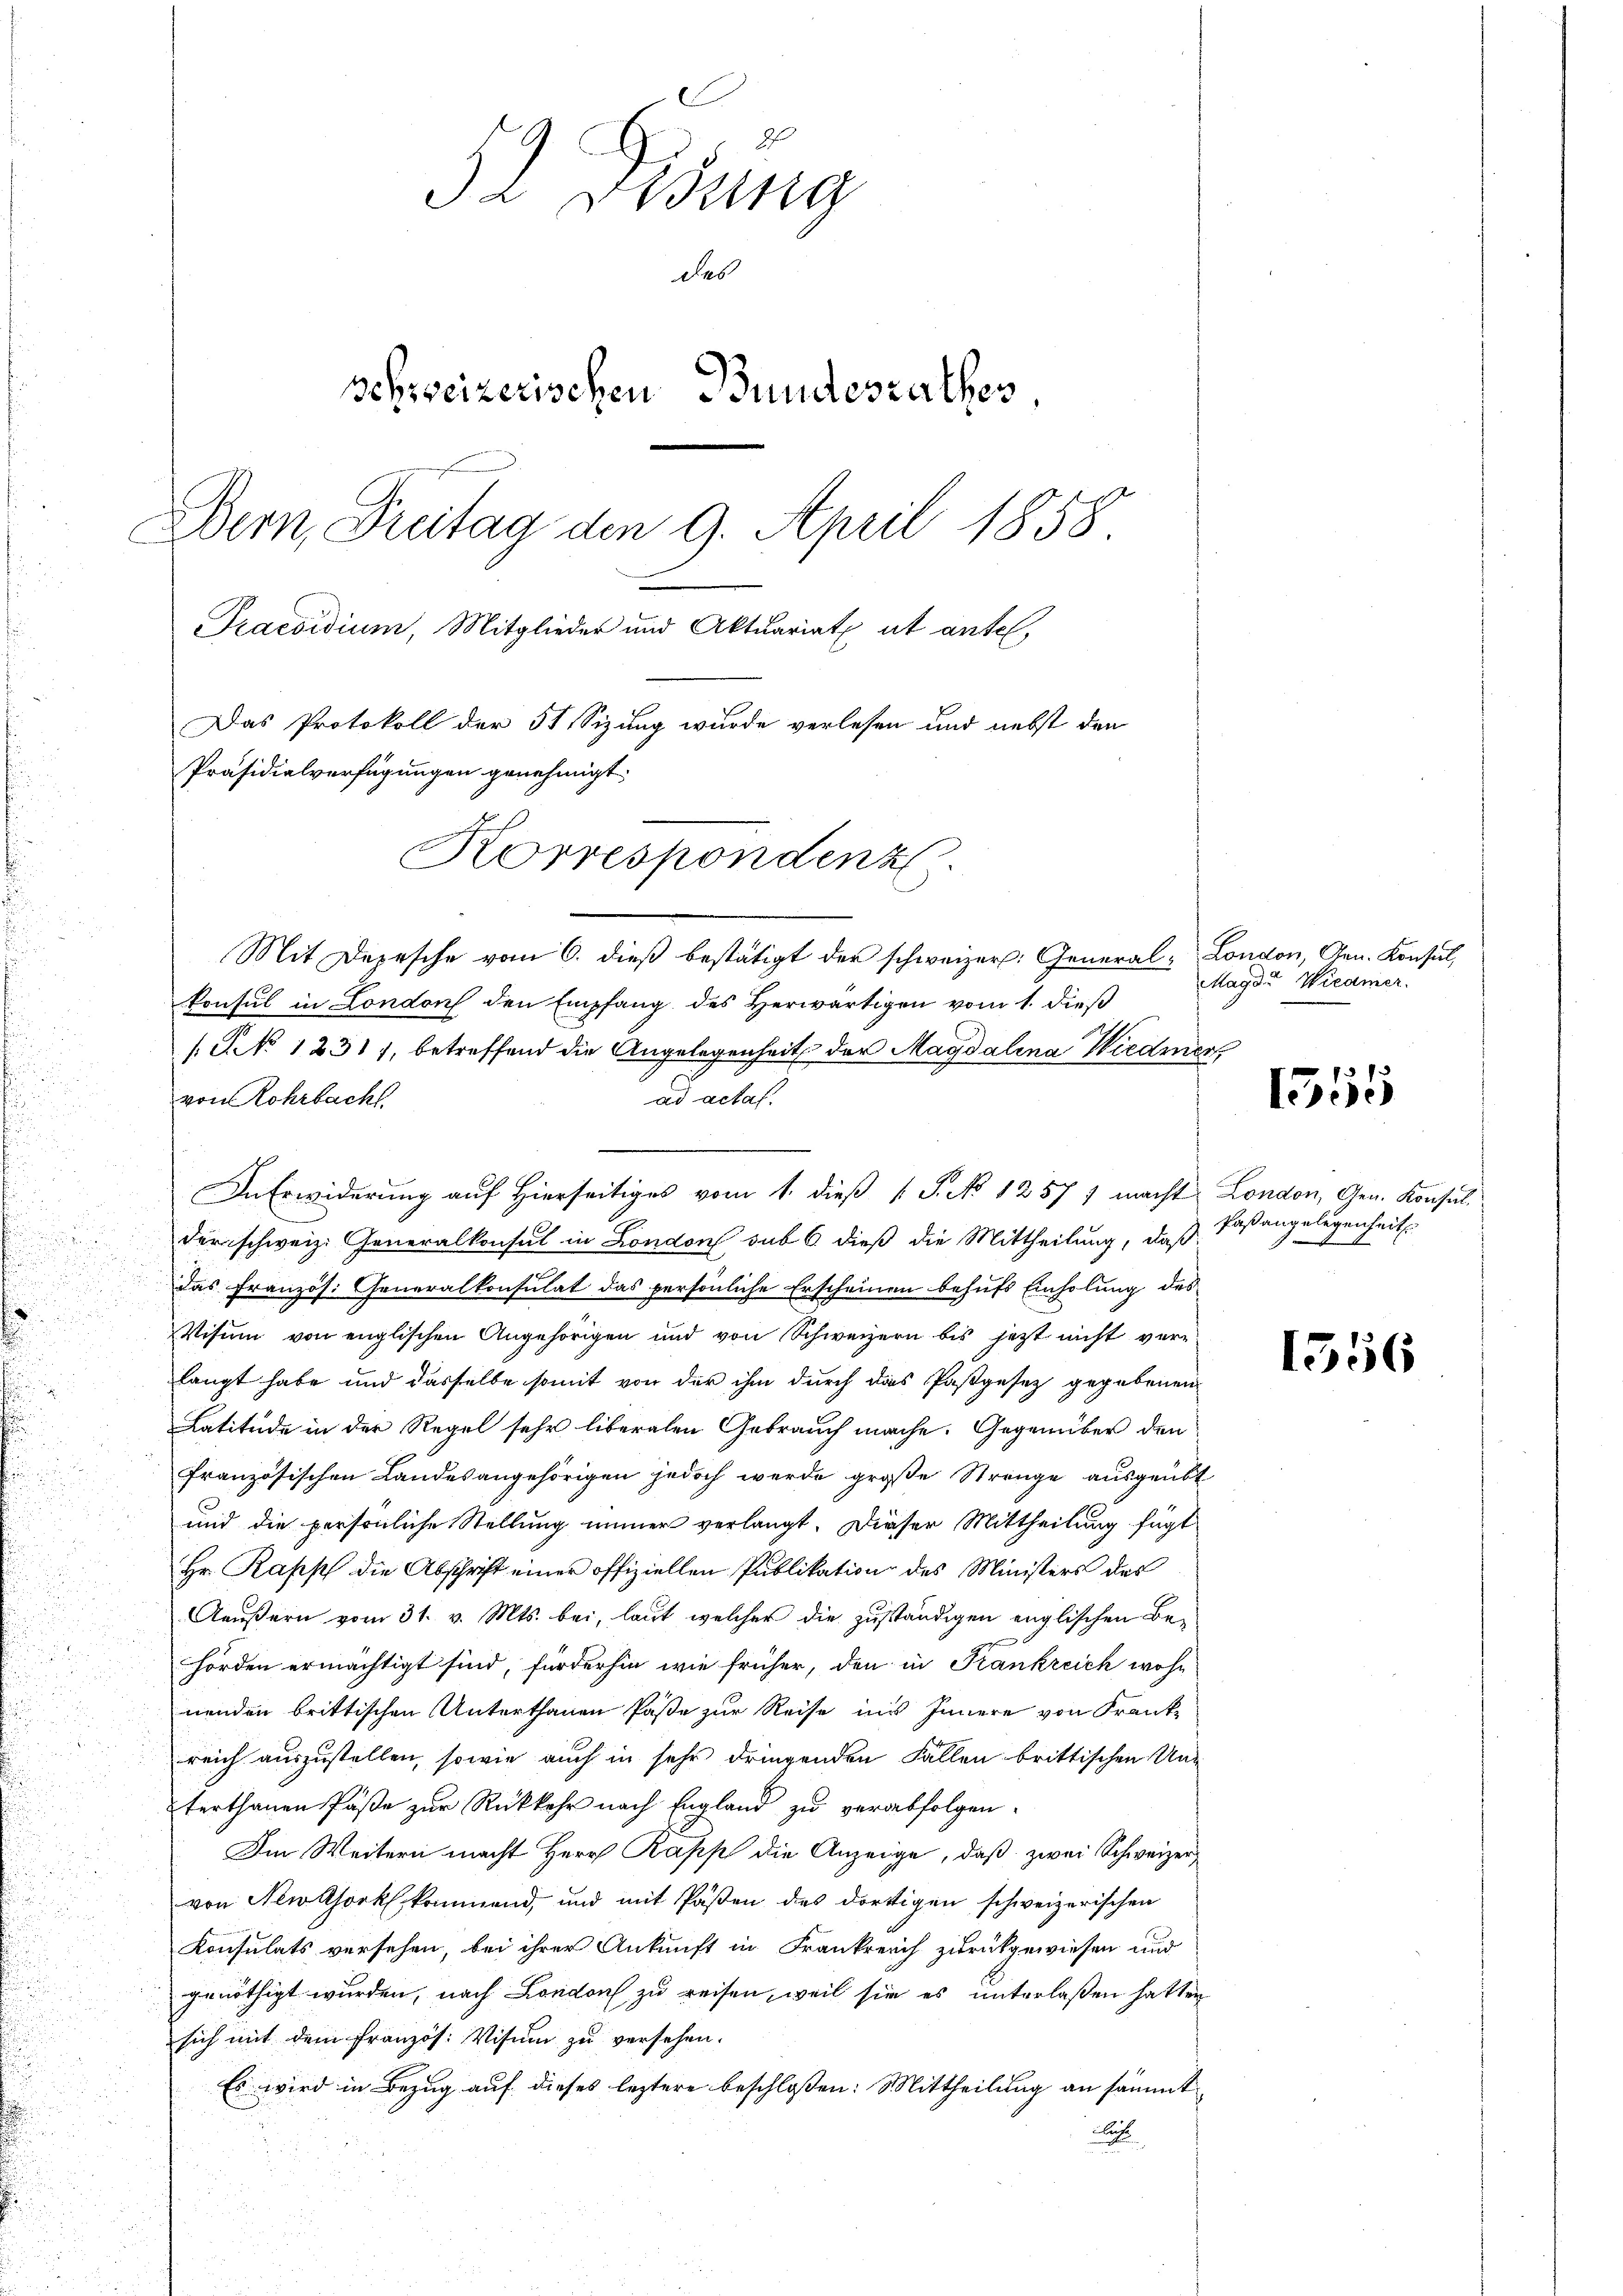
Ja Ordung
des
Schweizerischen Bundesrathes
Dem Freitag den 9. April 1858.
Praesidium, Mitglieder und Aktuariat ab antel,
Das Protokoll der 51 Sizung wurde verlesen und nebst den
Präsidialverfügungen genehmigt.
Korrespondenz

i

Mit Depesche vom 6. dieß bestätigt der schweizer: General-London, Gen. Konsul,
konsul in London den Empfang des Herwärtigen vom 1. dieß
/S NNo. 1231, betreffend die Angelegenheit der Magdalena Wiedmen
ad actat.
von Rohrbach
derschweiz. Generalkonsul in London sub 6 dieß die Mittheilung, daß
das Französ. Generalkonsulat das persönliche Erscheinen behufs Einholung des
Visum von englischen Angehörigen und von Schweizern bis jetzt nicht verlangt habe und dasselbe somit von der ihm durch das Pastgesez gegebenen
Latitude in der Regel sehr liberalen Gebrauch mache. Gegenüber den
französischen Landes angehörigen jedoch werde große Strenge ausgeübt
und die persönliche Stellung immer verlangt. Dieser Mittheilung fügt
Hr. Rapsch die Abschrift einer offiziellen Publikation des Ministers des
Aeußern vom 31. v. Mts. bei, laut welcher die zuständigen englischen Behörden ermächtigt sind, fürderhin wie früher, den in Frankreich wohn
nenden brittischen Unterthanen Paße zur Reise in’s Innere von Frankreich auszustellen, sowie auch in sehr dringenden Fällen brittischen Unterthanen Päße zur Rückkehr nach England zu verabfolgen.
Im Weitern macht Herr Papp die Anzeige, daß zwei Schweizervon Newlock kommend, und mit Pasten des dortigen schweizerischen
Konsulats versehen, bei ihrer Ankunft in Frankreich zurückgewiesen und
genöthigt wurden, nach London zu reisen, weil sie es unterlaßen hatten
sich mit dem Französ. Visum zu versehen.
Es wird in Bezug auf dieses leztere beschlossen: Mittheilung an sämmt
u
e
s

In Erwiderung auf Hierseitiges vom 1. dieß (S. No 1257 1 macht London, Gen. Konsul

Magd. Wicamer.

1555

faßangelegenheit

1556